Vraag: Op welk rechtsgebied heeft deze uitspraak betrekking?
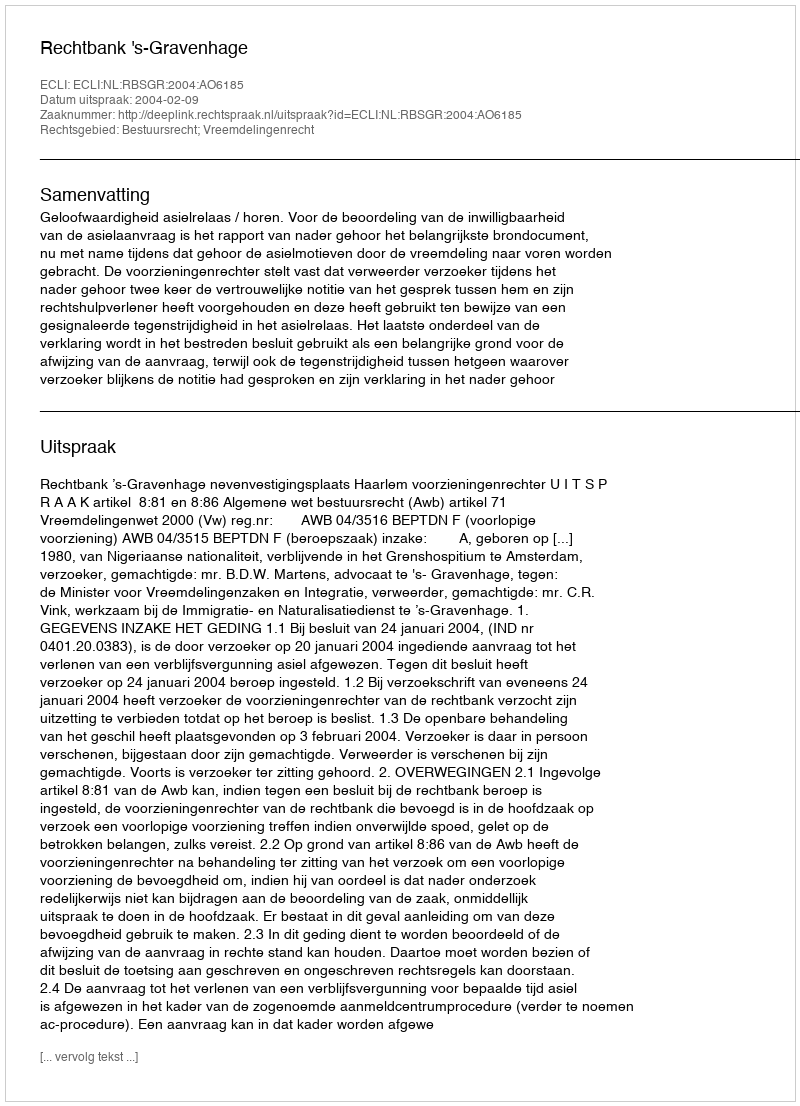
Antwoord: Bestuursrecht; Vreemdelingenrecht